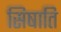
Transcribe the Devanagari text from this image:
सिषाति